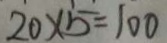
2 0 \times 5 = 1 0 0